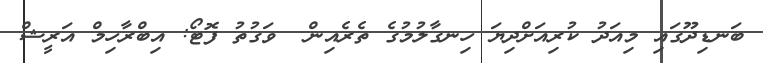
ބަނޑިދޫގައި މިއަދު ކުރިއަށްދިޔަ ހިނގާލުމުގެ ތެރެއިން  ވަގުތު ފޮޓޯ: އިބްރާހިމް އަރީޝް